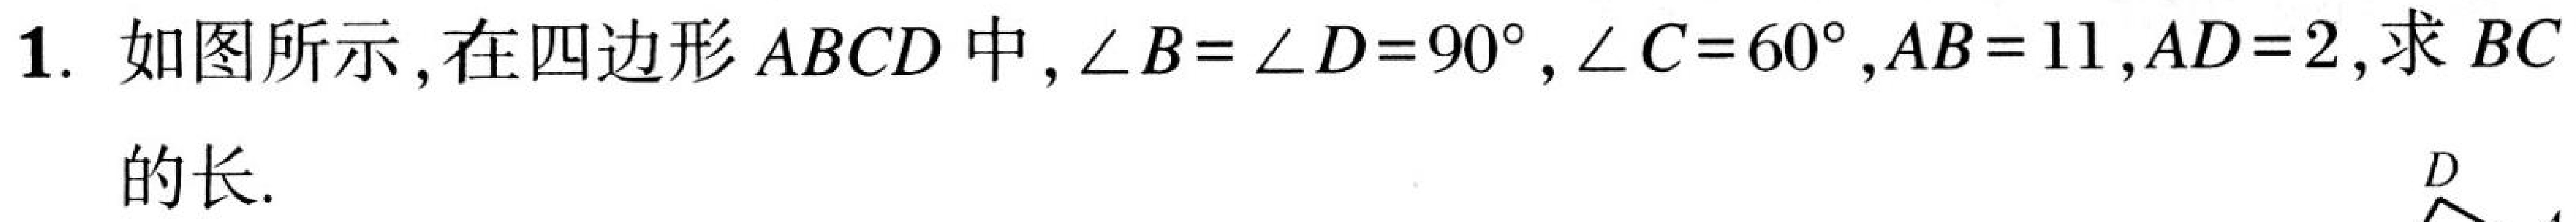
1. 如图所示，在四边形\(ABCD\)中，\(\angle B=\angle D = 90^{\circ}\)，\(\angle C = 60^{\circ}\)，\(AB = 11\)，\(AD = 2\)，求\(BC\)的长.